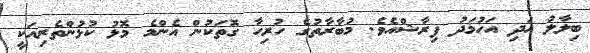
ބިލާލު އަދި އަހުމަދު ފިރާޝްއެވެ. މުބާރާތުގެ ހުރިހާ ގޮތަކުން އެންމެ މޮޅު ކުޅުންތެރިއަކީ